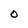
Character: O